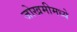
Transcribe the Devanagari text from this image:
जोखमीमध्ये